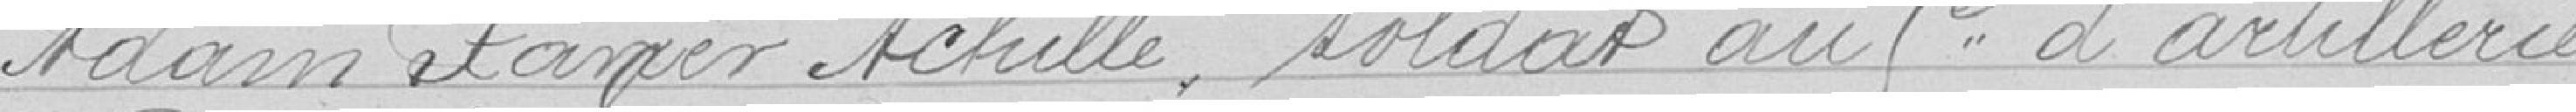
Adam Xavier Achille, soldat au 5e d'artillerie